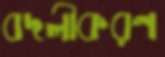
বদলীকরণ